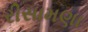
રીસામણા